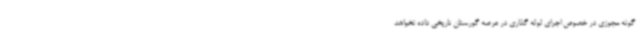
گونه مجوزی در خصوص اجرای لوله گذاری در عرصه گورستان تاریخی داده نخواهد